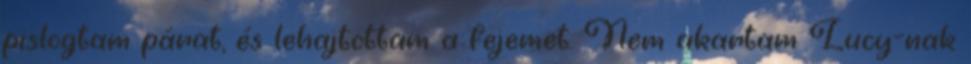
pislogtam párat, és lehajtottam a fejemet. Nem akartam Lucy-nak